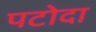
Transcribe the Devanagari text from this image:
पटोदा